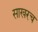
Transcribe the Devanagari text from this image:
साखरच